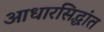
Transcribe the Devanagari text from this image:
आधारसिद्धांत